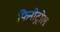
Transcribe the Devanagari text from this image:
फिनोट्रोल